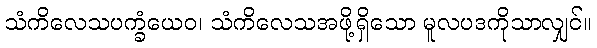
သံကိလေသပက္ခံယေဝ၊ သံကိလေသအဖို့ရှိသော မူလပဒကိုသာလျှင်။